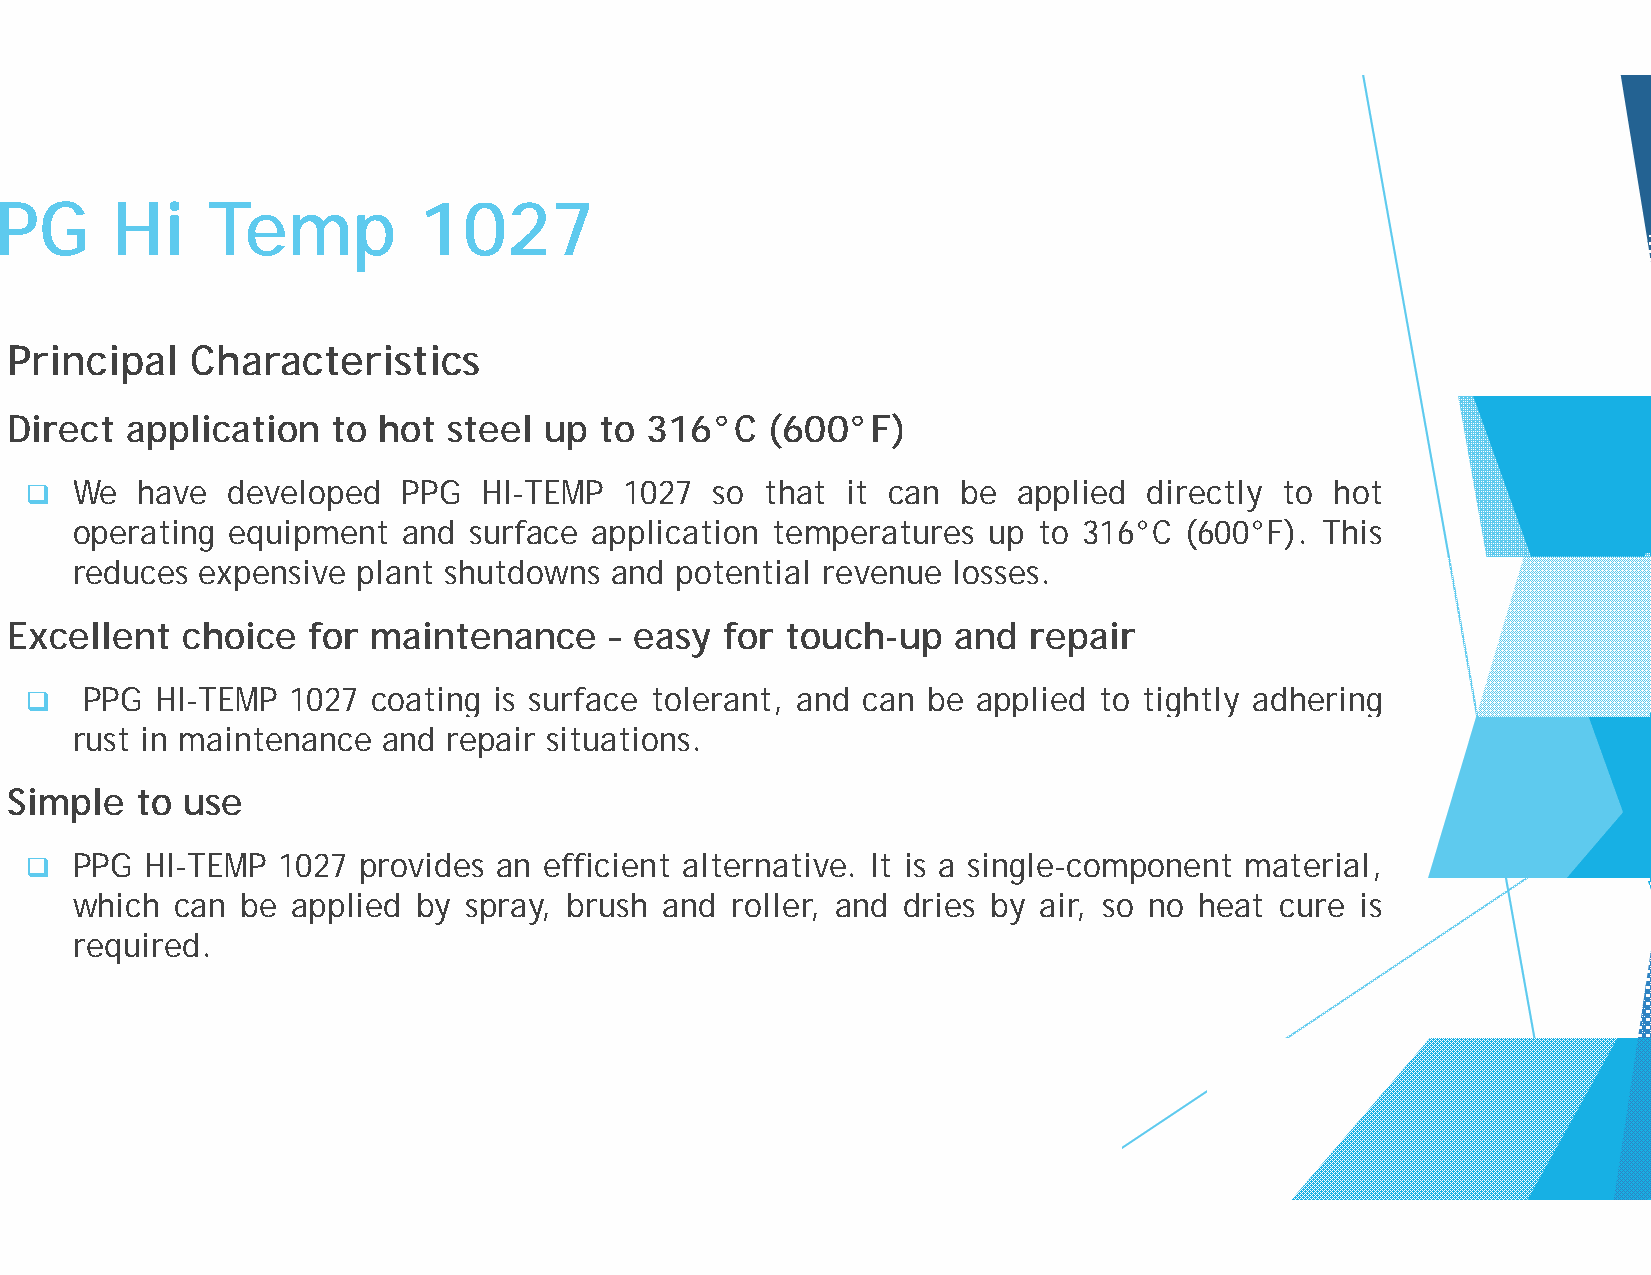
PPGG   HHii   TTeemmpp      11002277
 Principal    Characteristics
 Direct  application   to hot  steel up  to 316°C   (600°F)
   We  have  developed   PPG  HI-TEMP  1027  so  thatt it can be applied  directly to hot
 operating equipment   and surface application temmperatures up  to 316°C (600°F). This
 reduces expensive  plant shutdowns and  potential rrevenue losses.
 Excellent   choice  for  maintenance    – easy  for touuch-up  and  repair
   PPG  HI-TEMP  1027  coating is surface tolerant, annd can be applied to tightly adhering
 rust in maintenance and  repair situations.
 Simple   to use
   PPG  HI-TEMP 1027  pprovides an efficient alternativve. It is a singgle-compponent material,,
 which  can be applied  by spray, brush and roller, and dries by air, so no heat cure is
 required.